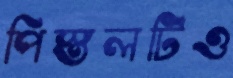
পিস্তলটিও